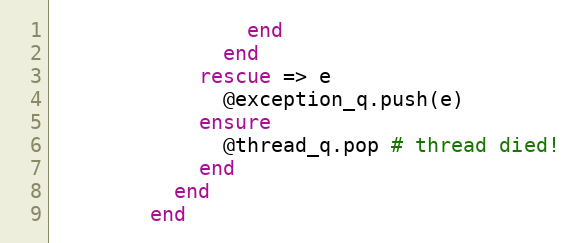
Language: Ruby
                end
              end
            rescue => e
              @exception_q.push(e)
            ensure
              @thread_q.pop # thread died!
            end
          end
        end